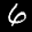
Label: 6